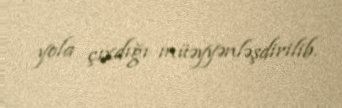
yola çıxdığı müəyyənləşdirilib.